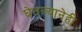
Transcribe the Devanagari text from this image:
घेतल्यानेही